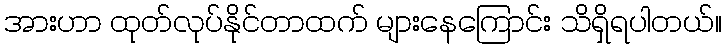
အားဟာ ထုတ်လုပ်နိုင်တာထက် များနေကြောင်း သိရှိရပါတယ်။